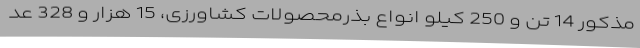
مذکور 14 تن و 250 کیلو انواع بذرمحصولات کشاورزی، 15 هزار و 328 عد